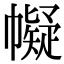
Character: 𢅟